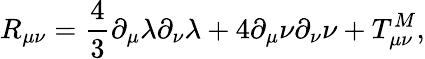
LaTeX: R_{\mu\nu}=\frac{4}{3}\partial_{\mu}\lambda\partial_{\nu}\lambda+4\partial_{\mu}\nu\partial_{\nu}\nu+T_{\mu\nu}^{M},